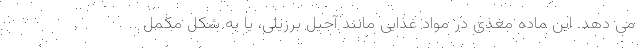
می دهد. این ماده مغذی در مواد غذایی مانند آجیل برزیلی، یا به شکل مکمل